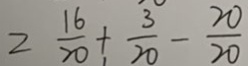
2 \frac { 1 6 } { 2 0 } + \frac { 3 } { 2 0 } - \frac { 2 0 } { 2 0 }